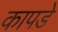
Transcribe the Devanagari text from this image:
कापडे